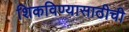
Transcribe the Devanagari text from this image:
शिकविण्यासाठीची